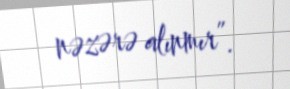
nəzərə alınmır”.